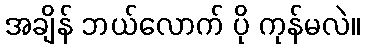
အချိန် ဘယ်လောက် ပို ကုန်မလဲ။